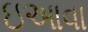
ઇઆવા